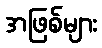
အဖြစ်များ